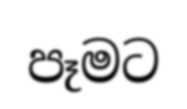
පෑමට